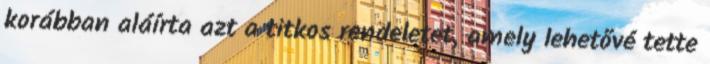
korábban aláírta azt a titkos rendeletet, amely lehetővé tette